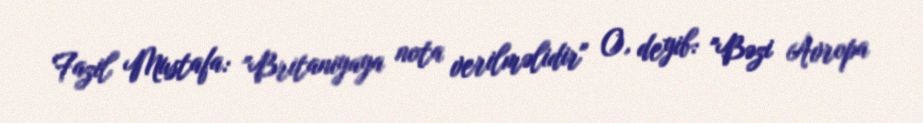
Fazil Mustafa: "Britaniyaya nota verilməlidir" O, deyib: "Bəzi Avropa